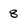
Character: 8